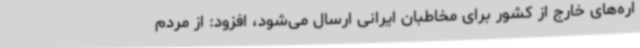
اره‌های خارج از کشور برای مخاطبان ایرانی ارسال می‌شود، افزود: از مردم